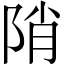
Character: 陗